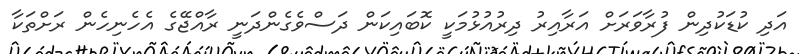
އަދި ކުޑަކުދިން ފުރާވަރަށް އަރާއިރު ދިރުއުޅުމަކީ ކޮބައިކަން ދަސްވެގެންދަނީ ރާއްޖޭގެ އެހެނިހެން ރަށްތަކާ